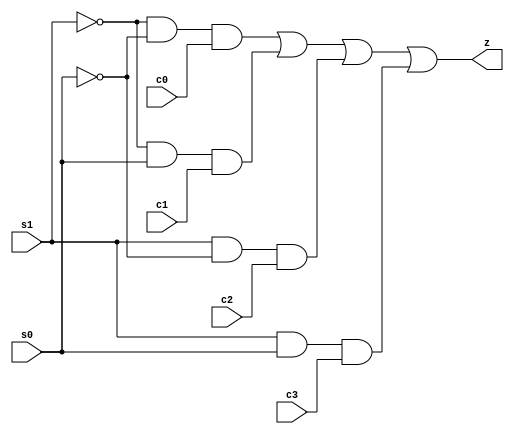
module mux(c0,c1,c2,c3,s1,s0,z);
	input wire c0,c1,c2,c3,s1,s0;
	output wire z;
	assign z=(~s1&&~s0)&&c0 || (~s1&&s0)&&c1 ||(s1&&~s0)&&c2 || (s1&&s0)&&c3;
endmodule